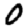
Digit: 0